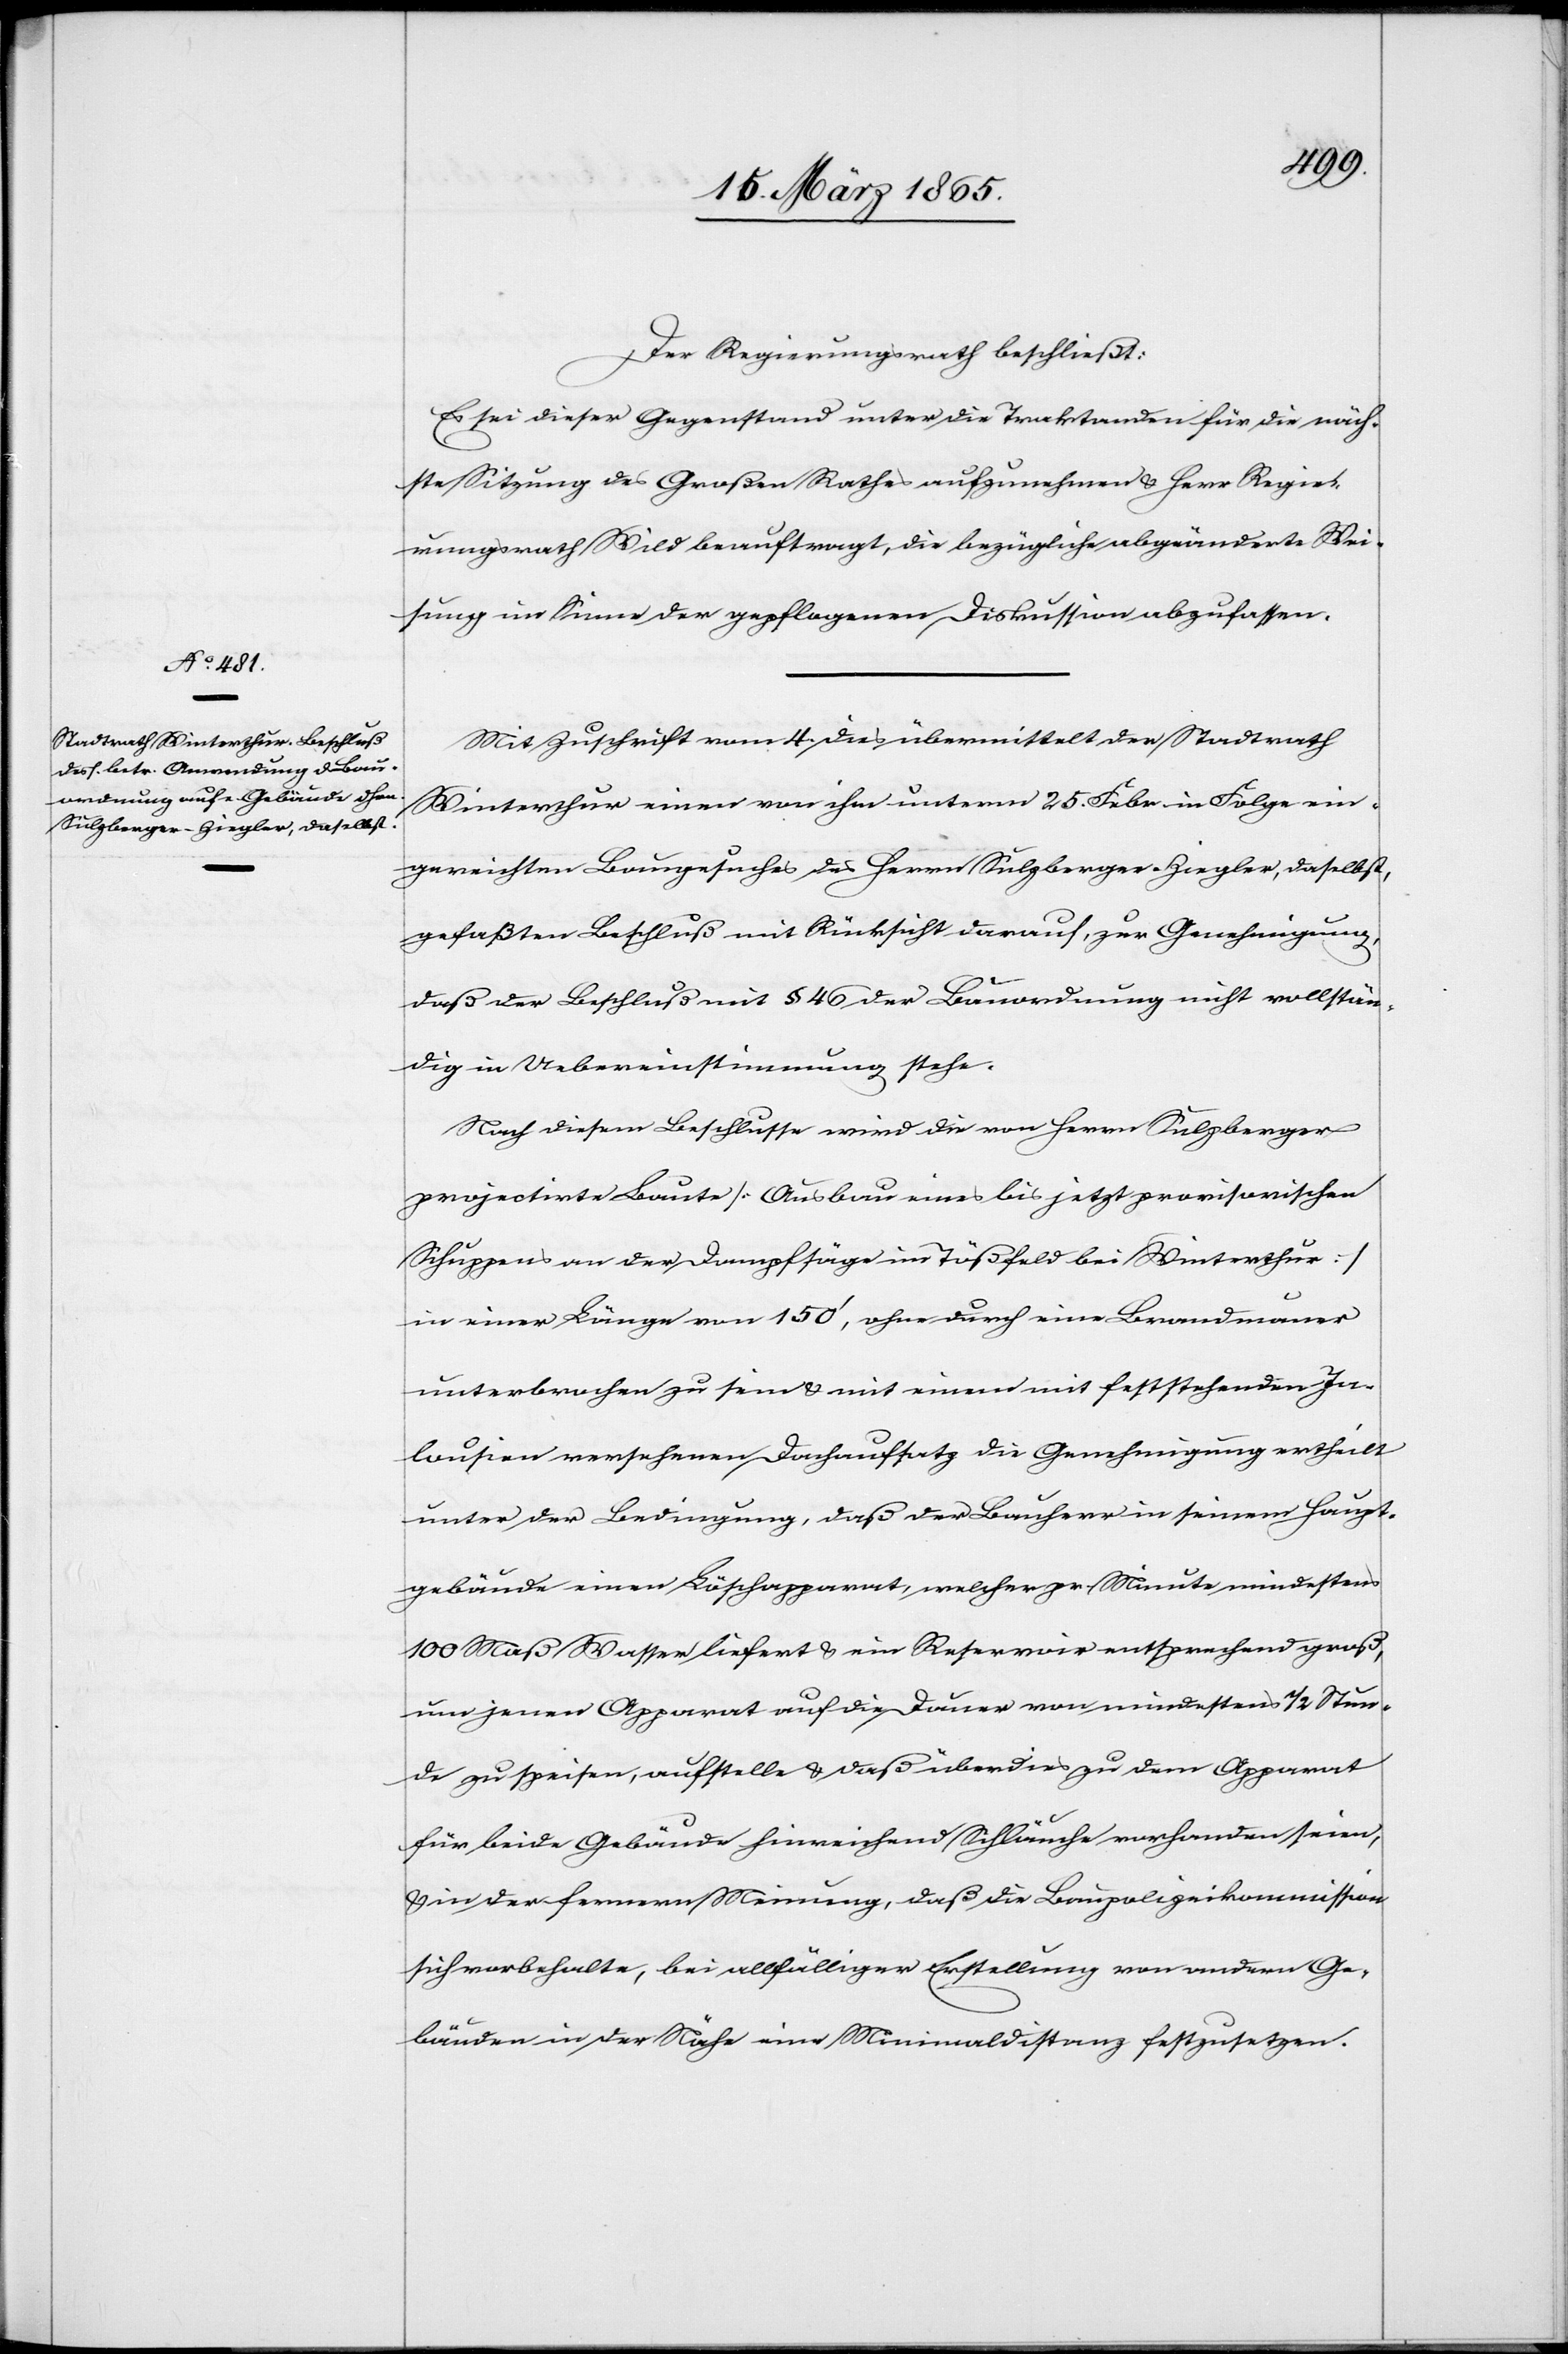
Der Regierungsrath beschließt:
Es sei dieser Gegenstand unter die Traktanden für die näch¬
ste Sitzung des Großen Rathes aufzunehmen & Herr Regie¬
rungsrath Wild beauftragt, die bezügliche abgeänderte Wei¬
sung im Sinne der gepflogenen Diskussion abzufassen.
Mit Zuschrift vom 4. dies übermittelt der Stadtrath
Winterthur einen von ihm unterm 25. Febr in Folge ein¬
gereichten Baugesuches des Herrn Sulzberger-Ziegler, daselbst,
gefaßten Beschluß mit Rücksicht darauf, zur Genehmigung,
daß der Beschluß mit § 46 der Bauordnung nicht vollstän¬
dig in Uebereinstimmung stehe.
Nach diesem Beschlusse wird die von Herrn Sulzberger
projectirte Baute [Ausbau eines bis jetzt provisorischen
Schuppens an der Dampfsäge im Tößfeld bei Winterthur]
in einer Länge von 150’, ohne durch eine Brandmauer
unterbrochen zu sein & mit einem mit feststehenden Ja¬
lousien versehenen Dachaufsatz die Genehmigung ertheilt
unter der Bedingung, daß der Bauherr in seinem Haupt¬
gebäude einen Löschapparat, welcher pr. Minute mindestens
100 Maß Wasser liefert & ein Reservoir entsprechend groß,
um jenen Apparat auf die Dauer von mindestens ½ Stun¬
de zu speisen, aufstelle & daß überdies zu dem Apparat
für beide Gebäude hinreichend Schläuche vorhanden seien,
& in der fernern Meinung, daß die Baupolizeikommission
sich vorbehalte, bei allfälliger Erstellung von andern Ge¬
bäuden in der Nähe eine Minimaldistanz festzusetzen.